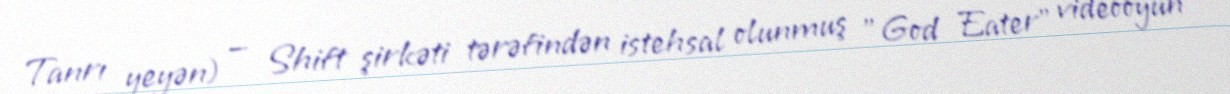
Tanrı yeyən) — Shift şirkəti tərəfindən istehsal olunmuş "God Eater" videooyun